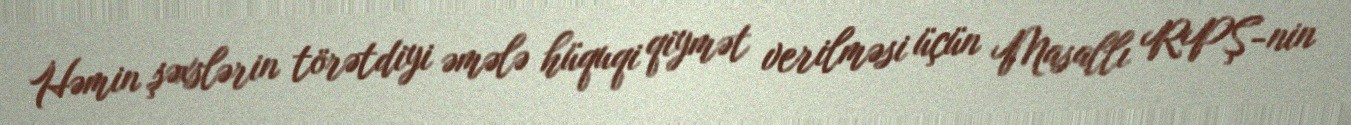
Həmin şəxslərin törətdiyi əmələ hüquqi qiymət verilməsi üçün Masallı RPŞ-nin